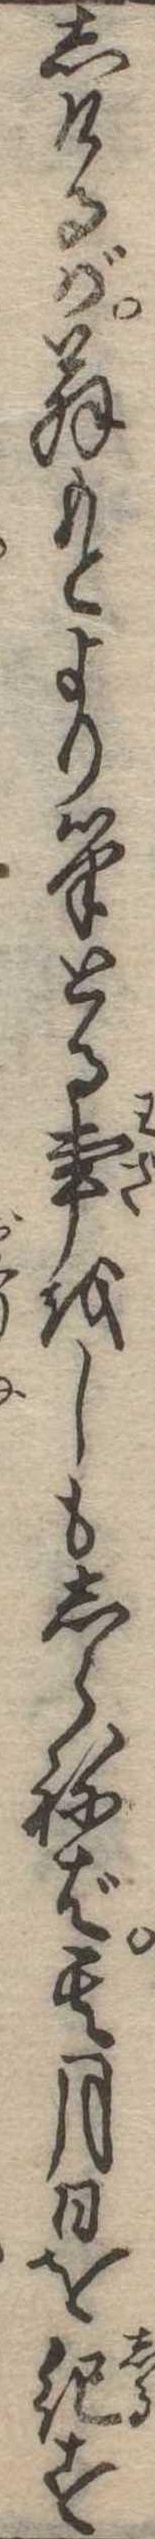
しけるが翁もとより筆とる事をしもしらねば其月日を紀す